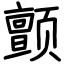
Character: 颤